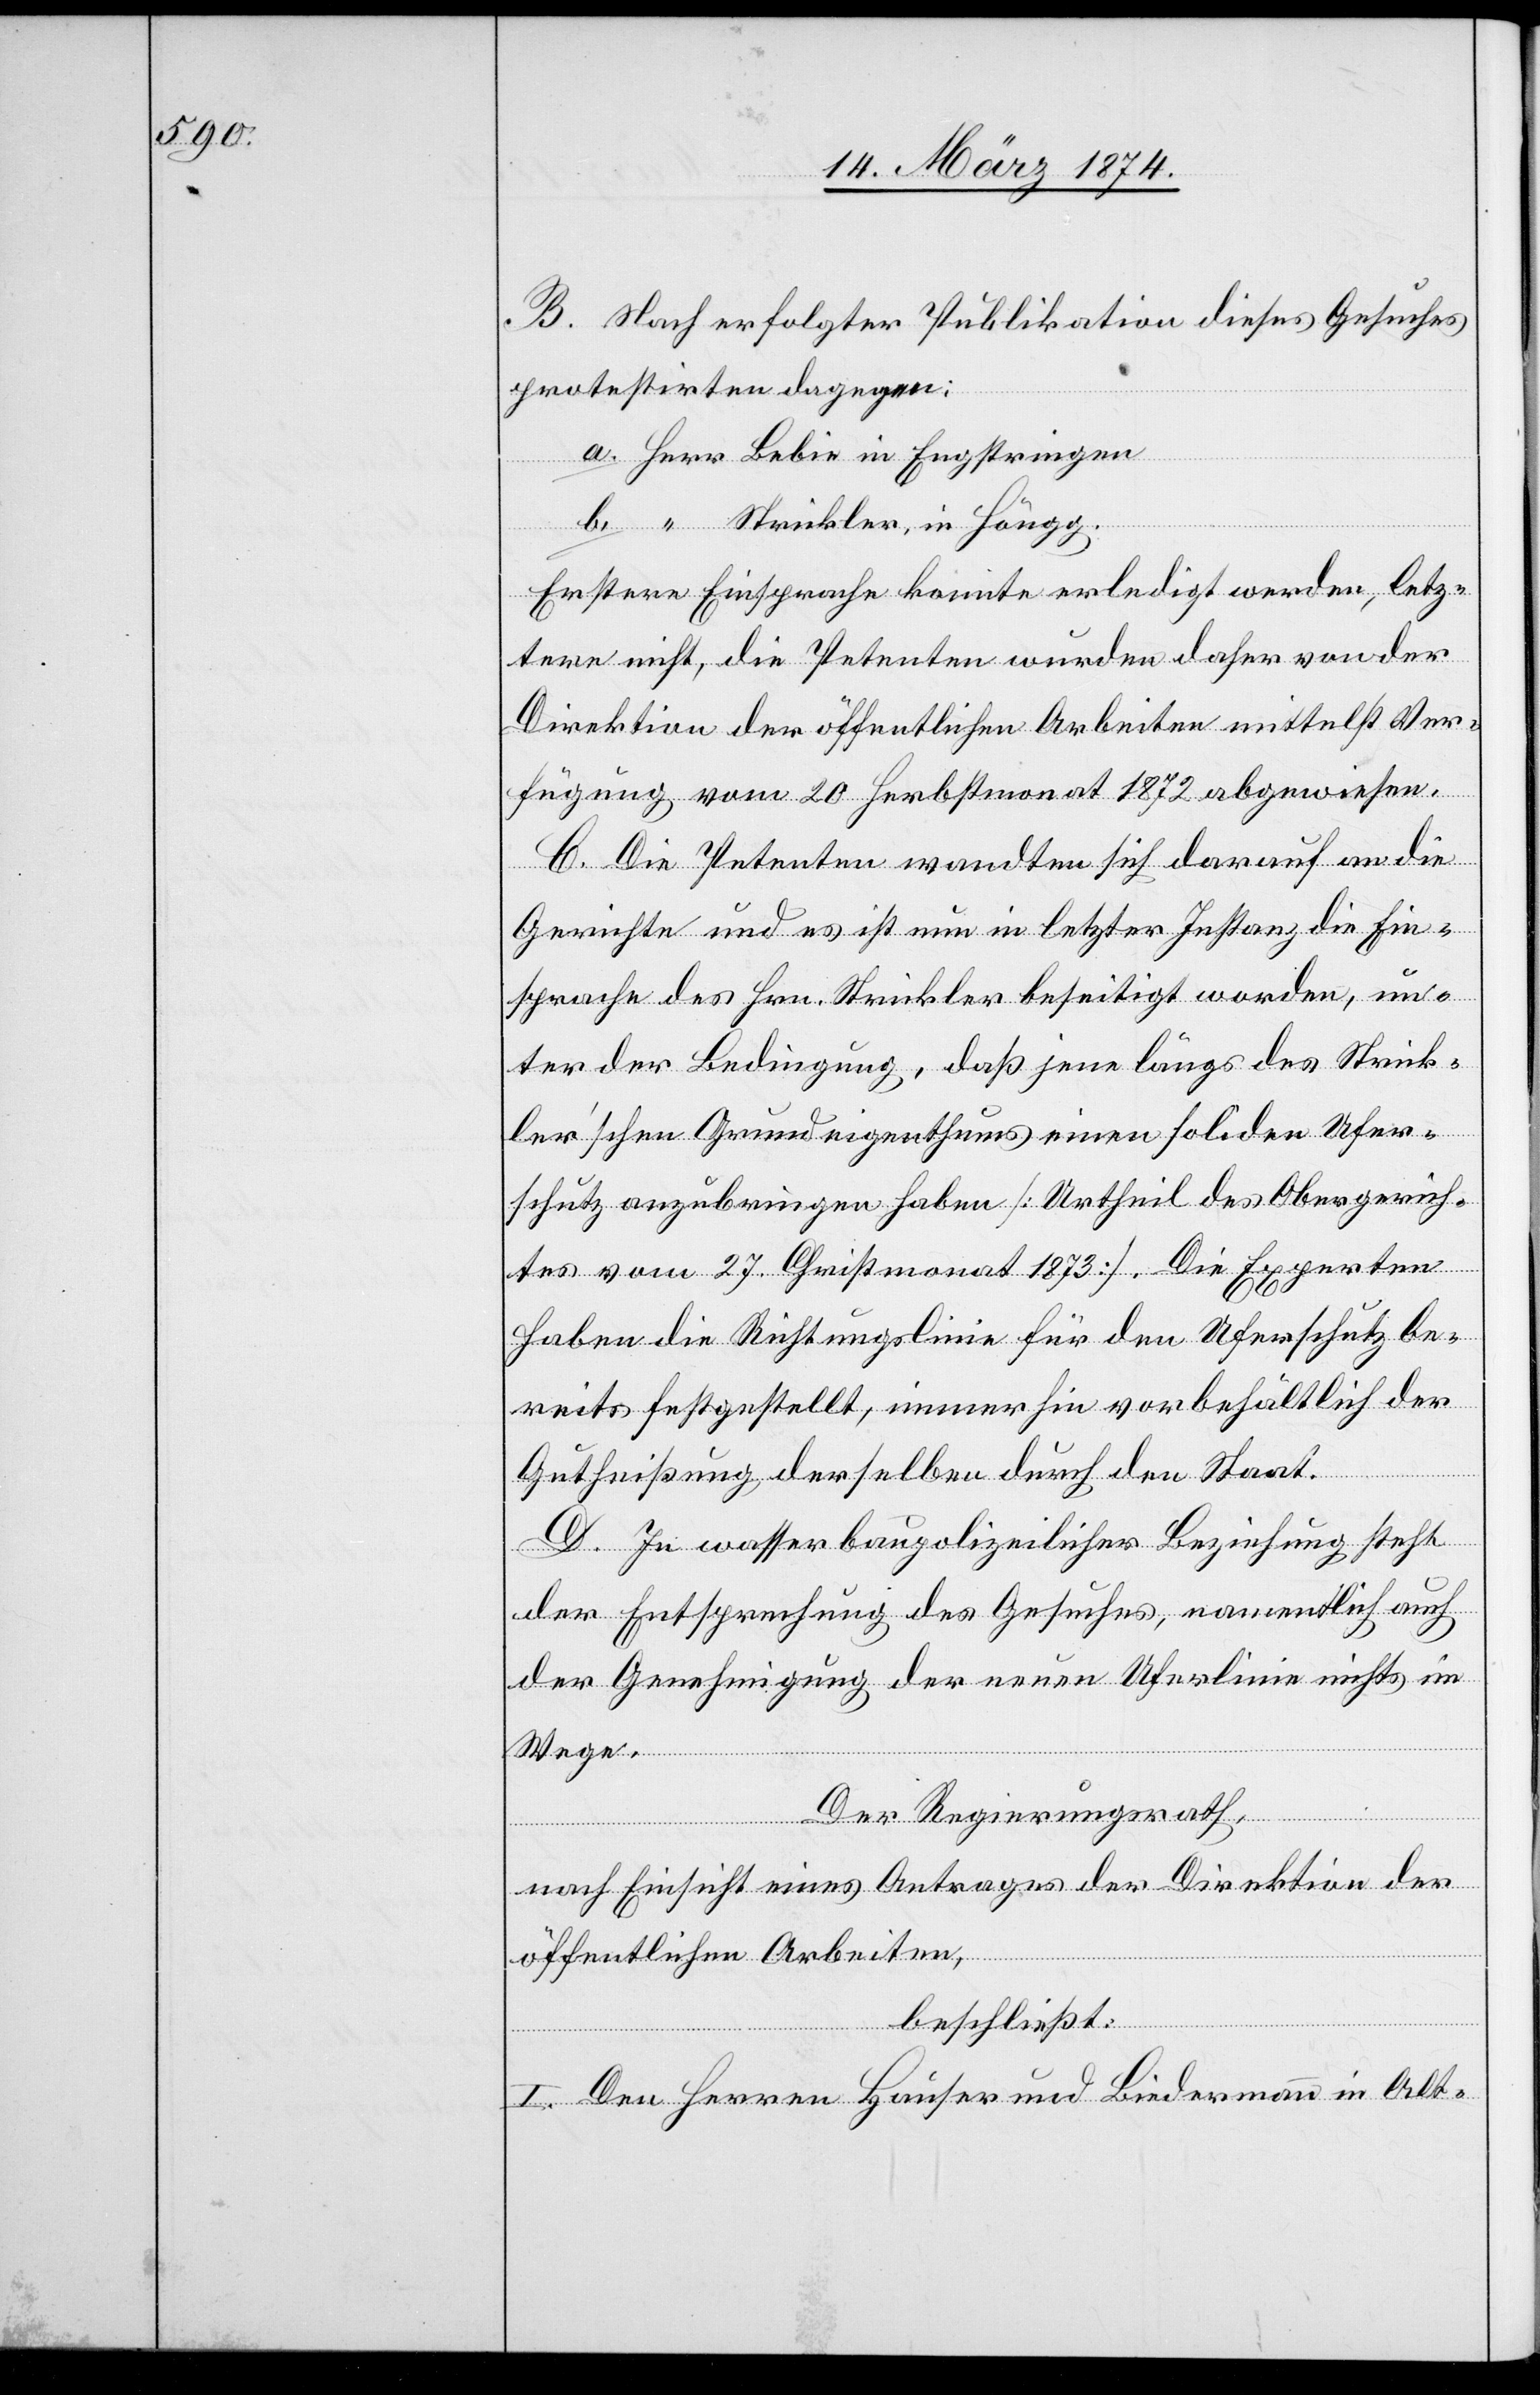
B. Nach erfolgter Publikation dieses Gesuches
protestirten dagegen:
a. Herr Bebie in Engstringen
b. “ Strickler, in Höngg.
Erstere Einsprache konnte erledigt werden, letz¬
tere nicht, die Petenten wurden daher von der
Direktion der öffentlichen Arbeiten mittelst Ver¬
fügung vom 20. Herbstmonat 1872 abgewiesen.
C. Die Petenten wandten sich darauf an die
Gerichte und es ist nun in letzter Instanz die Ein¬
sprache des Hrn. Strickler beseitigt worden, un¬
ter der Bedingung, daß jene längs des Strick¬
ler’schen Grundeigenthums einen soliden Ufer¬
schutz anzubringen haben [Urtheil des Obergerich¬
tes vom 27. Christmonat 1873]. Die Experten
haben die Richtungslinie für den Uferschutz be¬
reits festgestellt, immerhin vorbehältlich der
Gutheißung derselben durch den Staat.
D. In wasserbaupolizeilicher Beziehung steht
der Entsprechung des Gesuches, namentlich auch
der Genehmigung der neuen Uferlinie nichts im
Wege.
Der Regierungsrath,
nach Einsicht eines Antrages der Direktion der
öffentlichen Arbeiten ,
beschließt:
I. Den Herren Hauser und Biedermann in Alt-